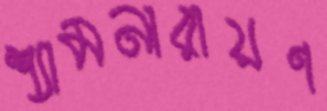
শ্যামনারায়ণ